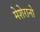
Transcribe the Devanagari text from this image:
मेशेरानो